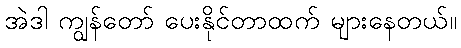
အဲဒါ ကျွန်တော် ပေးနိုင်တာထက် များနေတယ်။